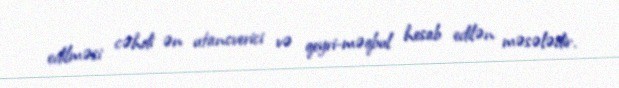
edilməsi cəhdi ən utancverici və qeyri-məqbul hesab edilən məsələdir.